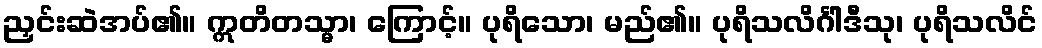
ညှင်းဆဲအပ်၏။ ဣတိတသ္မာ၊ ကြောင့်။ ပုရိသော၊ မည်၏။ ပုရိသလိင်္ဂါဒီသု၊ ပုရိသလိင်